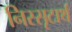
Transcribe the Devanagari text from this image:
निस्सृटार्थ